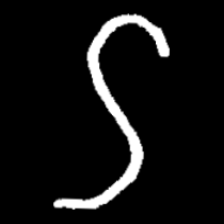
Pyu character \u2014 Myanmar letter: ဌ (romanized: ttha)